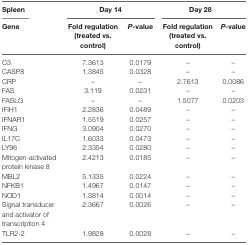
<table><thead><tr><td><b>Spleen</b></td><td colspan="2"><b>Day 14</b></td><td colspan="2"><b>Day 28</b></td></tr><tr><td><b>Gene</b></td><td><b>Fold regulation (treated vs. control)</b></td><td><b><i>P</i>-value</b></td><td><b>Fold regulation (treated vs. control)</b></td><td><b><i>P</i>-value</b></td></tr></thead><tbody><tr><td>C3</td><td>7.3613</td><td>0.0179</td><td>–</td><td>–</td></tr><tr><td>CASP8</td><td>1.3845</td><td>0.0328</td><td>–</td><td>–</td></tr><tr><td>CRP</td><td>–</td><td>–</td><td>2.7613</td><td>0.0086</td></tr><tr><td>FAS</td><td>3.119</td><td>0.0231</td><td>–</td><td>–</td></tr><tr><td>FASLG</td><td>–</td><td>–</td><td>1.5077</td><td>0.0203</td></tr><tr><td>IFIH1</td><td>2.2836</td><td>0.0489</td><td>–</td><td>–</td></tr><tr><td>IFNAR1</td><td>1.5519</td><td>0.0257</td><td>–</td><td>–</td></tr><tr><td>IFNG</td><td>3.0904</td><td>0.0270</td><td>–</td><td>–</td></tr><tr><td>IL17C</td><td>1.6033</td><td>0.0473</td><td>–</td><td>–</td></tr><tr><td>LY96</td><td>2.3354</td><td>0.0280</td><td>–</td><td>–</td></tr><tr><td>Mitogen-activated protein kinase 8</td><td>2.4213</td><td>0.0185</td><td>–</td><td>–</td></tr><tr><td>MBL2</td><td>5.1335</td><td>0.0224</td><td>–</td><td>–</td></tr><tr><td>NFKB1</td><td>1.4967</td><td>0.0147</td><td>–</td><td>–</td></tr><tr><td>NOD1</td><td>1.3814</td><td>0.0014</td><td>–</td><td>–</td></tr><tr><td>Signal transducer and activator of transcription 4</td><td>2.3667</td><td>0.0026</td><td>–</td><td>–</td></tr><tr><td>TLR2-2</td><td>1.9828</td><td>0.0028</td><td>–</td><td>–</td></tr></tbody></table>